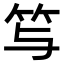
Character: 𥫣